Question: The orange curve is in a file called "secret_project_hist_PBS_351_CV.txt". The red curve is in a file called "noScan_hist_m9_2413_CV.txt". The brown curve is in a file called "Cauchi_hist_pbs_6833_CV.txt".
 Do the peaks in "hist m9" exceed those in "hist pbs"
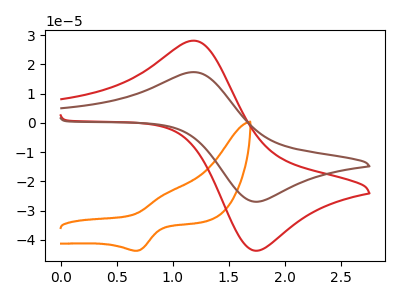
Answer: <think>The orange curve "hist PBS" has an anodic peak at (0.95V, -24.15uA) and a cathodic peak at (0.70V, -43.75uA). The red curve "hist m9" has an anodic peak at (1.20V, 28.10uA) and a cathodic peak at (1.70V, -43.60uA). The brown curve "hist pbs" has an anodic peak at (1.20V, 17.35uA) and a cathodic peak at (1.70V, -26.90uA).</think>
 <answer>Every peak in "hist m9" is higher than every peak in "hist pbs".</answer>
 <eval>higher</eval>